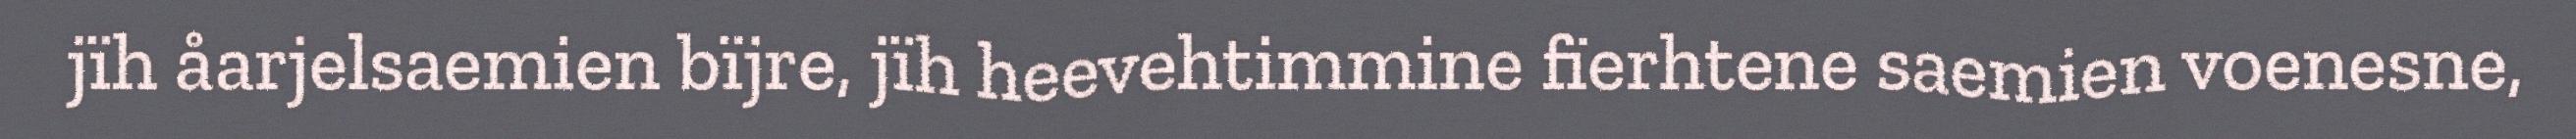
jïh åarjelsaemien bïjre, jïh heevehtimmine fïerhtene saemien voenesne,